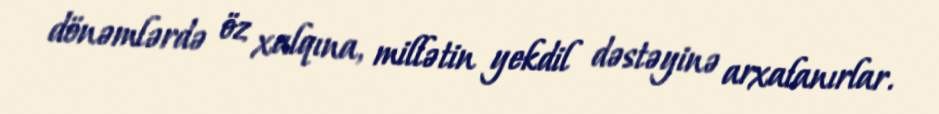
dönəmlərdə öz xalqına, millətin yekdil dəstəyinə arxalanırlar.